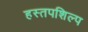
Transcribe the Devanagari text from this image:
हस्तपशिल्प